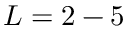
L = 2 - 5